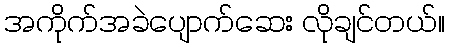
အကိုက်အခဲပျောက်ဆေး လိုချင်တယ်။